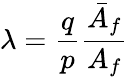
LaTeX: \lambda=\frac{q}{p}\frac{\bar{A}_{f}}{A_{f}}